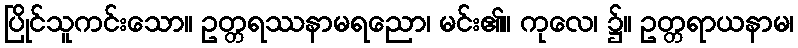
ပြိုင်သူကင်းသော။ ဥတ္တရဿနာမရညော၊ မင်း၏။ ကုလေ၊ ၌။ ဥတ္တရာယနာမ၊